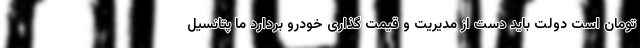
تومان است دولت باید دست از مدیریت و قیمت گذاری خودرو بردارد ما پتانسیل